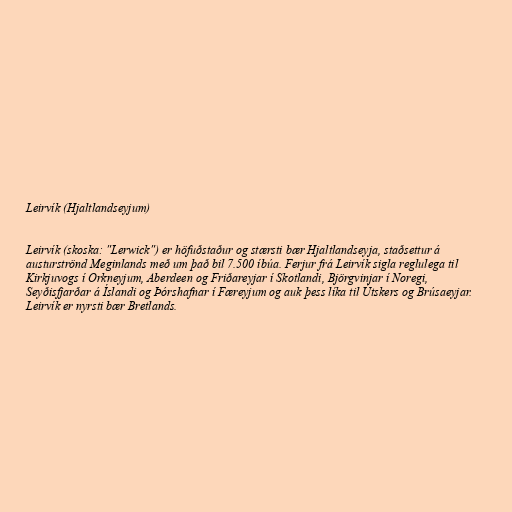
Leirvík (Hjaltlandseyjum)

Leirvík (skoska: "Lerwick") er höfuðstaður og stærsti bær Hjaltlandseyja, staðsettur á
austurströnd Meginlands með um það bil 7.500 íbúa. Ferjur frá Leirvík sigla reglulega til
Kirkjuvogs í Orkneyjum, Aberdeen og Friðareyjar í Skotlandi, Björgvinjar í Noregi,
Seyðisfjarðar á Íslandi og Þórshafnar í Færeyjum og auk þess líka til Útskers og Brúsaeyjar.
Leirvík er nyrsti bær Bretlands.